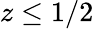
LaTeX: z\leq 1/2